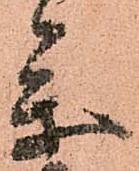
參